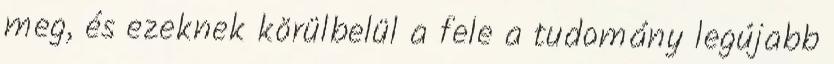
meg, és ezeknek körülbelül a fele a tudomány legújabb